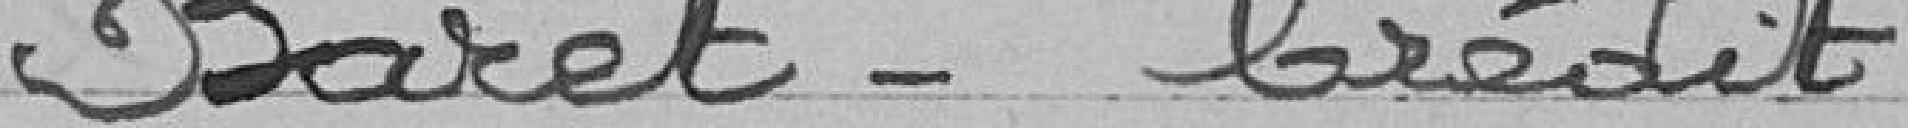
Baret - Crédit